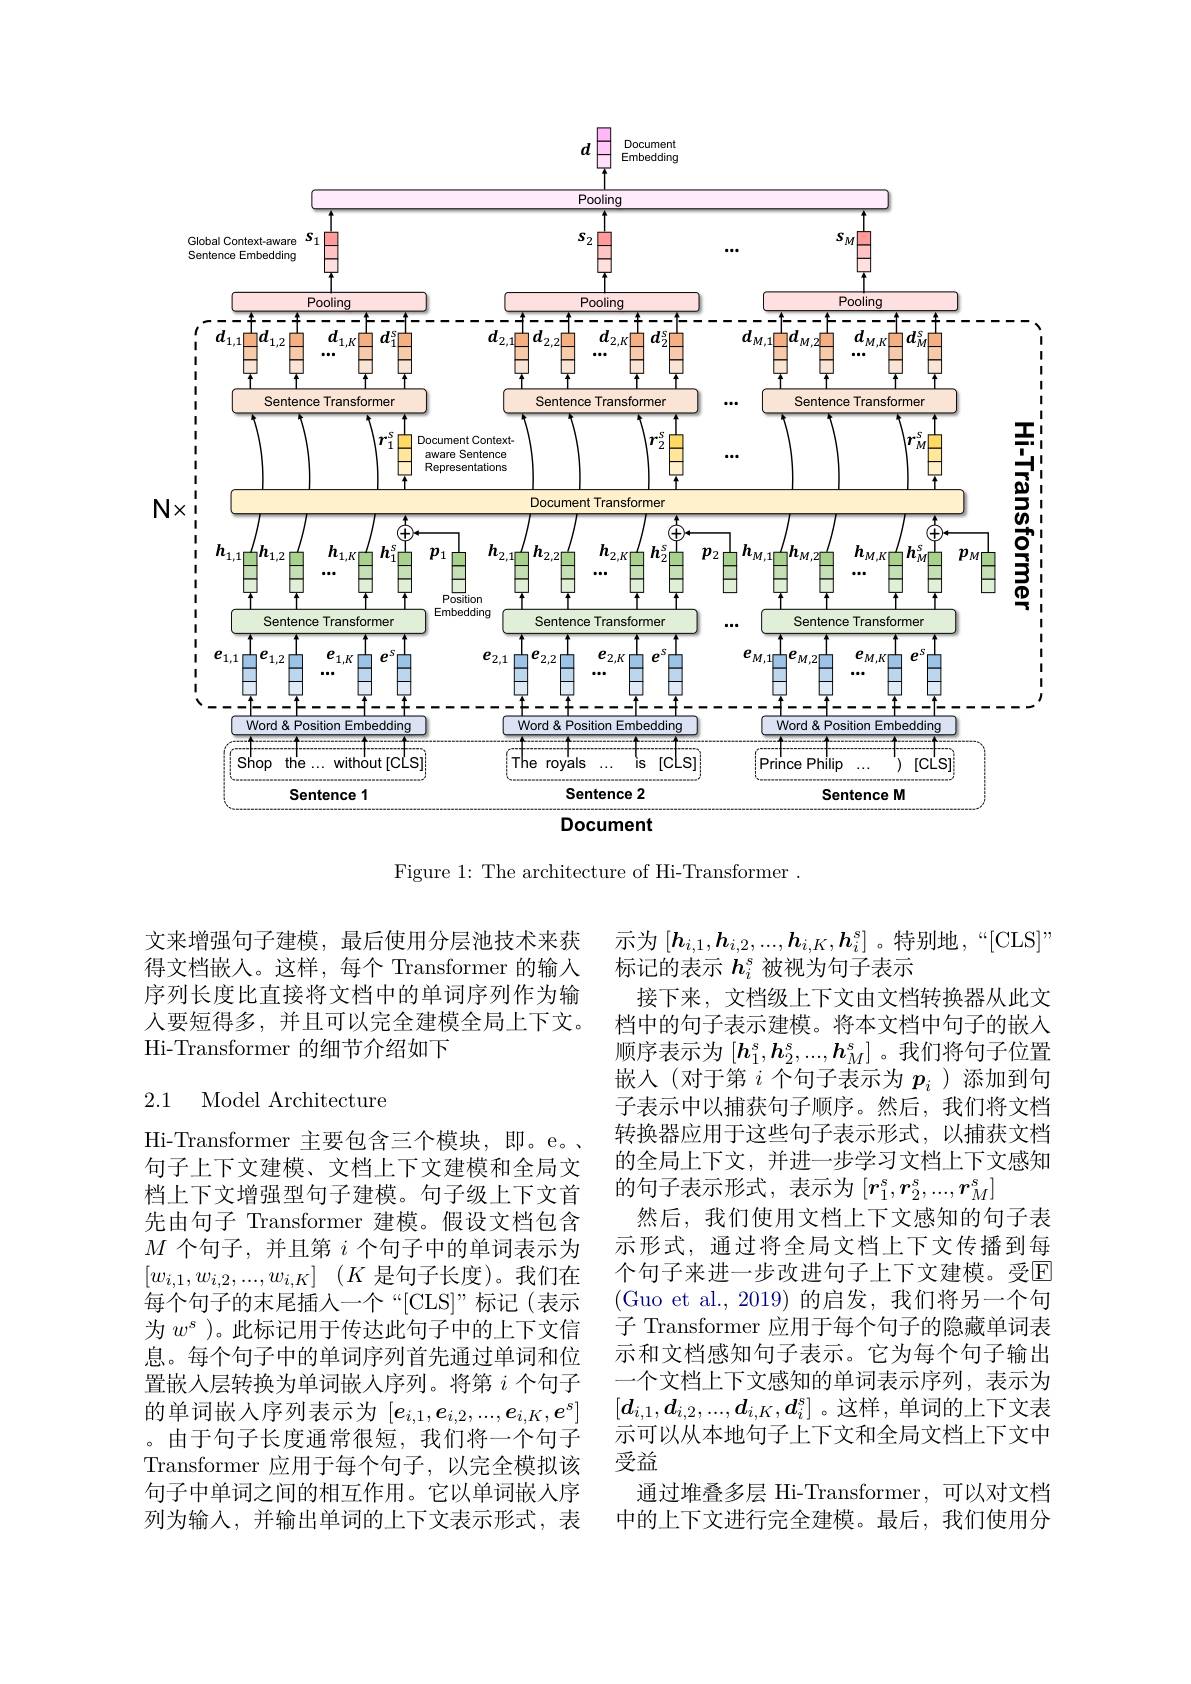
<FigureHere>

Figure 1: The architecture of Hi-Transformer.

文来增强句子建模，最后使用分层池技术来获得文档嵌入。这样，每个 Transformer 的输人序列长度比直接将文档中的单词序列作为输人要短得多，并且可以完全建模全局上下文。Hi-Transformer 的细节介绍如下

# 2.1 Model Architecture

示为$[\boldsymbol{h}_{i,1},\boldsymbol{h}_{i,2},...,\boldsymbol{h}_{i,K},\boldsymbol{h}_{i}^{s}]$ 。特别地 ,“[CLS]”
标记的表示$h_i^s$被视为句子表示
接下来，文档级上下文由文档转换器从此文档中的句子表示建模。将本文档中句子的嵌入顺序表示为$[\boldsymbol{h}_1^s,\boldsymbol{h}_2^s,...,\boldsymbol{h}_M^s]$ 。我们将句子位置嵌入(对于第$i$个句子表示为$p_i$ )添加到句子表示中以捕获句子顺序。然后，我们将文档转换器应用于这些句子表示形式，以捕获文档的全局上下文，并进一步学习文档上下文感知的句子表示形式，表示为$[r_1^s,r_2^s,...,r_M^s]$
然后，我们使用文档上下文感知的句子表示形式，通过将全局文档上下文传播到每个句子来进一步改进句子上下文建模。受回(Guo et al.,2019)的启发，我们将另一个句子 Transformer 应用于每个句子的隐藏单词表示和文档感知句子表示。它为每个句子输出一个文档上下文感知的单词表示序列，表示为$[d_{i,1},d_{i,2},...,d_{i,K},d_i^s]$。这样，单词的上下文表示可以从本地句子上下文和全局文档上下文中受益
通过堆叠多层 Hi-Transformer,可以对文档中的上下文进行完全建模。最后，我们使用分

Hi-Transformer 主要包含三个模块，即。e。、 句子上下文建模、文档上下文建模和全局文档上下文增强型句子建模。句子级上下文首先由句子 Transformer 建模。假设文档包含$M$个句子，并且第$i$个句子中的单词表示为$[ w_{i, 1}, w_{i, 2}, . . . , w_{i, K}]$ $( K$是句子长度)。我们在每个句子的末尾插入一个“[CLS]”标记(表示为$w^s$ )。此标记用于传达此句子中的上下文信息。每个句子中的单词序列首先通过单词和位置嵌入层转换为单词嵌人序列。将第$i$个句子的单词嵌入序列表示为$[e_{i,1},e_{i,2},...,e_{i,K},e^s]$ 。由于句子长度通常很短，我们将一个句子Transformer 应用于每个句子，以完全模拟该句子中单词之间的相互作用。它以单词嵌人序列为输入，并输出单词的上下文表示形式，表